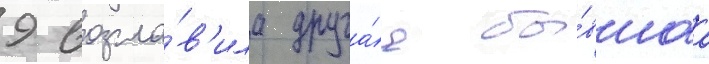
9 возгла́в'ила друга́я бы́вшаа